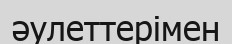
әулеттерімен